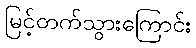
မြင့်တက်သွားကြောင်း